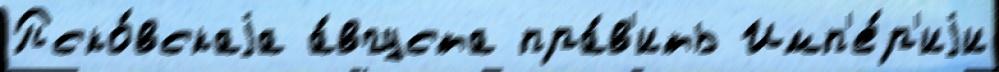
Пско́вскаjа а́вгуста пра́в'ить Имп'е́р'иjи